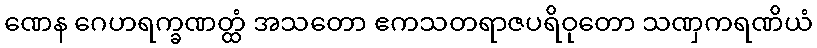
ဏေန ဂေဟရက္ခဏတ္ထံ အသတော ဧကသတရာဇပရိဝုတော သဏှကရဏိယံ